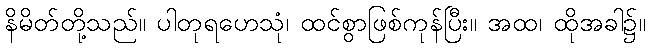
နိမိတ်တို့သည်။ ပါတုရဟေသုံ၊ ထင်စွာဖြစ်ကုန်ပြီး။ အထ၊ ထိုအခါ၌။